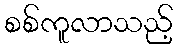
စစ်ကူလာသည့်